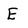
Character: E